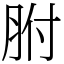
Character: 胕